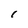
Character: l